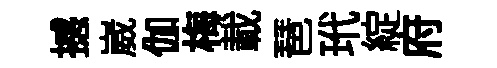
撼崴伽梅載琶玳綻府